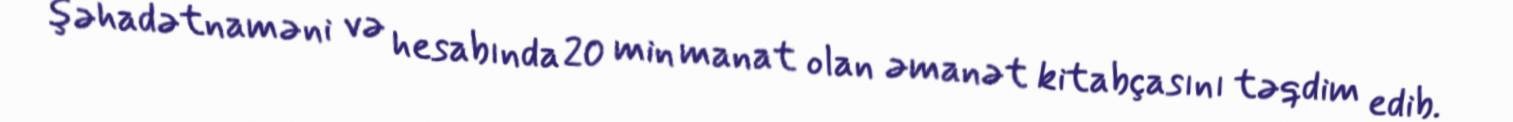
şəhadətnaməni və hesabında 20 min manat olan əmanət kitabçasını təqdim edib.